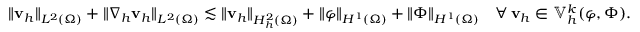
\| \mathbf { v } _ { h } \| _ { L ^ { 2 } ( \Omega ) } + \| \nabla _ { h } \mathbf { v } _ { h } \| _ { L ^ { 2 } ( \Omega ) } \lesssim \| \mathbf { v } _ { h } \| _ { H _ { h } ^ { 2 } ( \Omega ) } + \| \boldsymbol { \varphi } \| _ { H ^ { 1 } ( \Omega ) } + \| \Phi \| _ { H ^ { 1 } ( \Omega ) } \quad \forall \, \mathbf { v } _ { h } \in \mathbb { V } _ { h } ^ { k } ( \boldsymbol { \varphi } , \Phi ) .